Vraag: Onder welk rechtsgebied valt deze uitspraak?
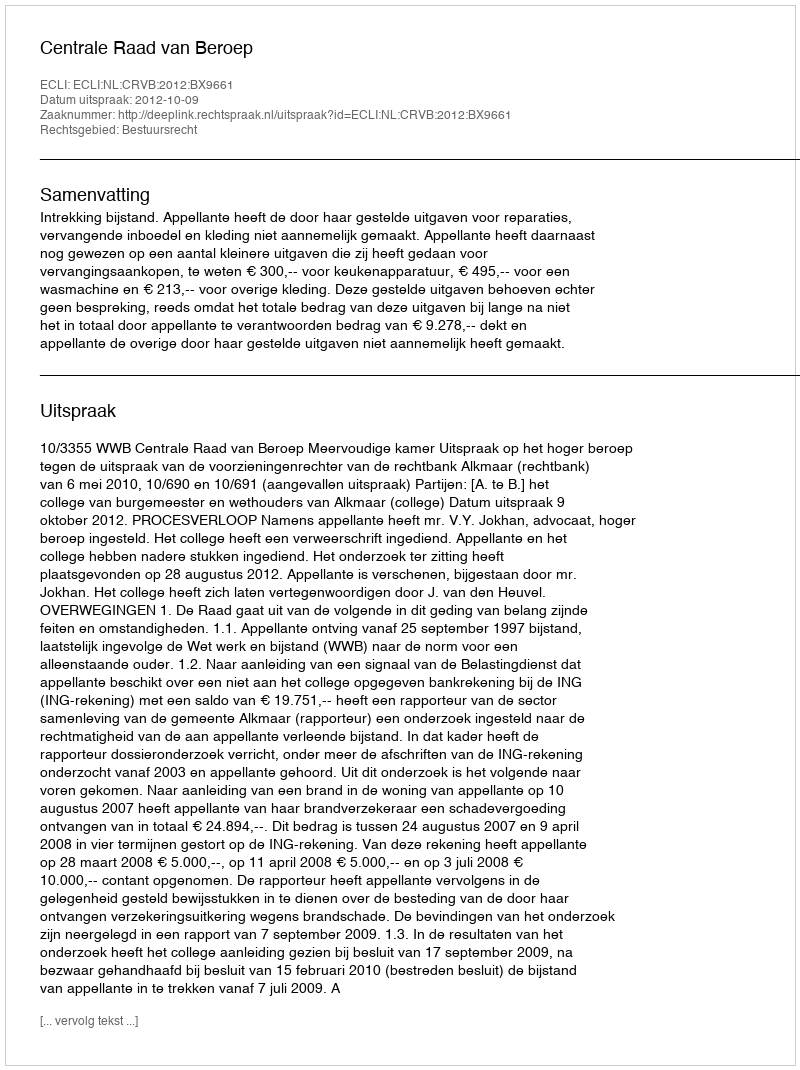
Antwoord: Bestuursrecht